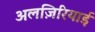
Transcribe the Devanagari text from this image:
अलज़िरियाई